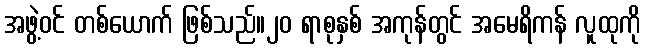
အဖွဲ့ဝင် တစ်ယောက် ဖြစ်သည်။၂၀ ရာစုနှစ် အကုန်တွင် အမေရိကန် လူထုကို